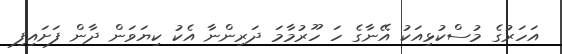
އަހަރުގެ މުސްކުޅިއަކު އޭނާގެ ހަ ހޫރުމާމަ ދަރިންނާ އެކު ކިޔަވަން ދާން ފަށައިފި